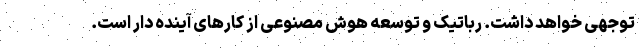
توجهی خواهد داشت. رباتیک و توسعه هوش مصنوعی از کارهای آینده دار است.